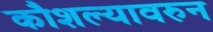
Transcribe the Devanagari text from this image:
कौशल्यावरुन